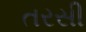
તરસી